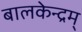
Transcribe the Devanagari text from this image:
बालकेन्द्रम्